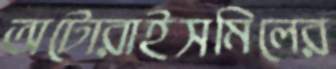
অটোরাইসমিলের